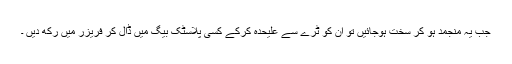
جب یہ منجمد ہو کر سخت ہوجائیں تو ان کو ٹرے سے علیحدہ کرکے کسی پلاسٹک بیگ میں ڈال کر فریزر میں رکھ دیں ۔